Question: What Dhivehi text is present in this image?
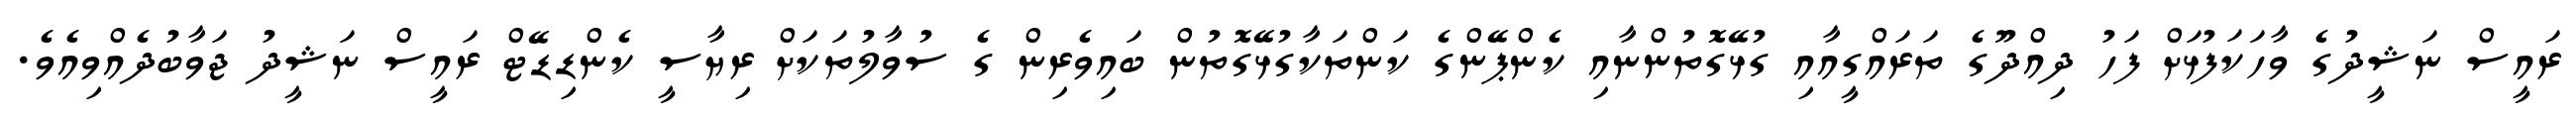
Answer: ރައީސް ނަޝީދުގެ ވާހަކަފުޅަށް ފަހު ދިއްދޫގެ ތަރައްގީއާއި ގުޅޭގޮތުންނާއި ކެންޕޭންގެ ކަންތަކާގުޅޭގޮތުން ބައިވެރިން ގެ ސުވާލުތަކަށް ރިޔާސީ ކެންޑިޑޭޓް ރައީސް ނަޝީދު ޖަވާބުދެއްވިއެވެ.